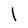
Character: I